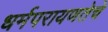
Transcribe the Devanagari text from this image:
धर्मपरायणतेचे